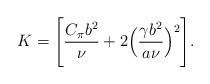
LaTeX: \begin{align*} K = \Bigg[ \frac{C_{\pi} b^2}{\nu} + 2 \Big( \frac{\gamma b^2}{a\nu} \Big)^2 \Bigg].\end{align*}